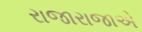
રાજારાજાએ